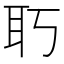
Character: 𦔲